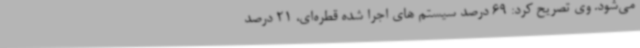
می‌شود. وی تصریح کرد: 69 درصد سیستم های اجرا شده قطره‌ای، 21 درصد